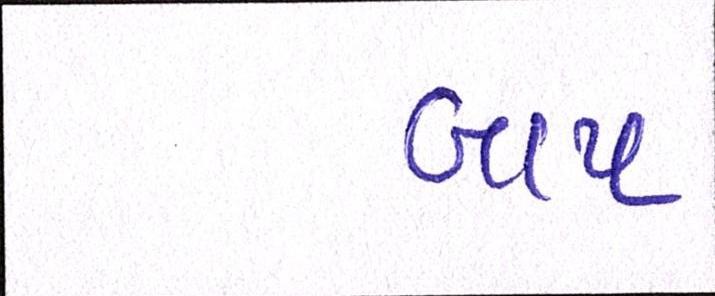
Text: બાપ